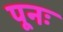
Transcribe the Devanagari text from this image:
पूनः